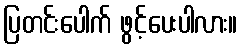
ပြတင်းပေါက် ဖွင့်ပေးပါလား။